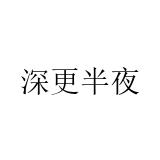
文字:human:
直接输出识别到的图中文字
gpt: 深更半夜